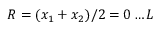
R = ( x _ { 1 } + x _ { 2 } ) / 2 = 0 \ldots L